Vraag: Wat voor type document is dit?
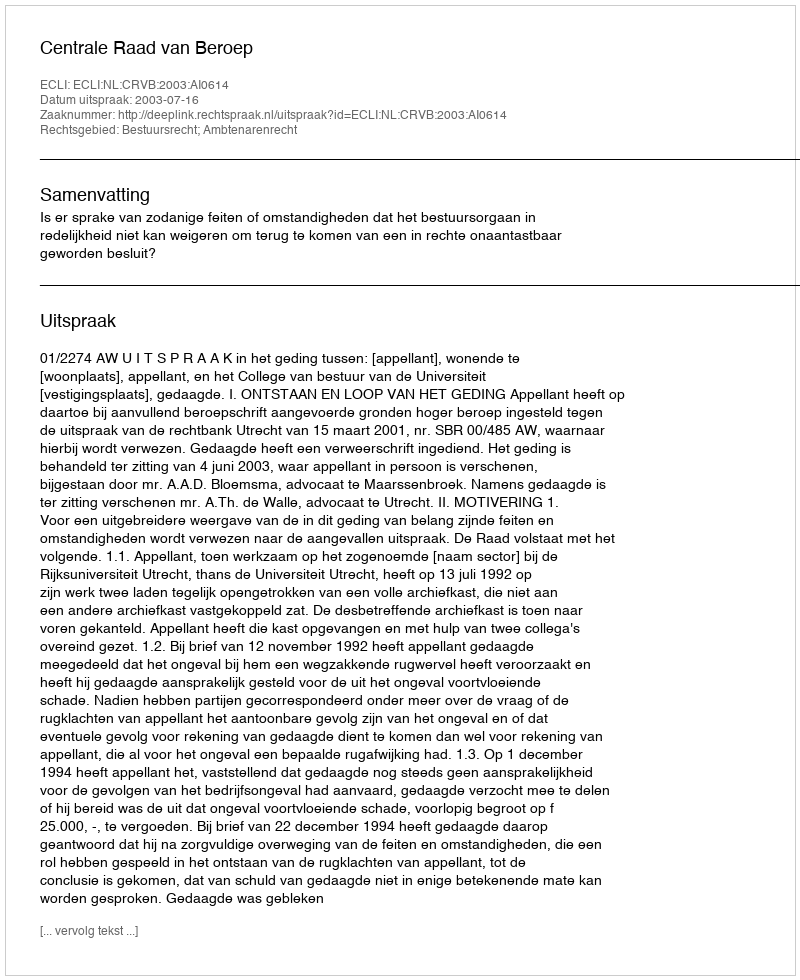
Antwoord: Uitspraak